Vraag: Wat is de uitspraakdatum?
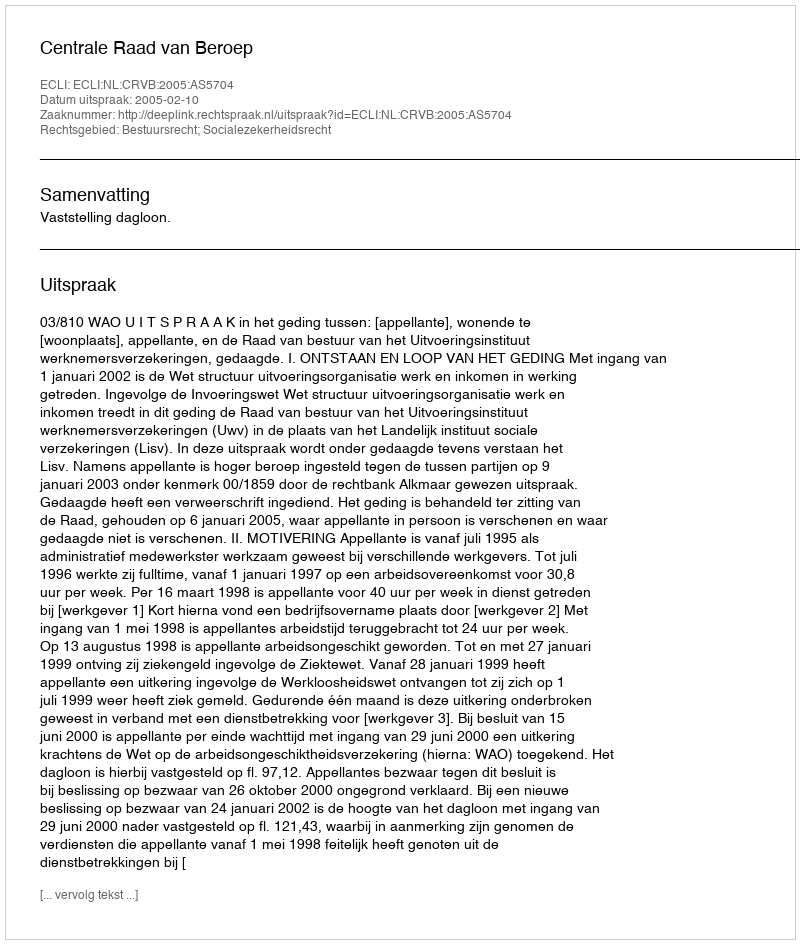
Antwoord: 2005-02-10